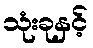
သုံးခုနှင့်